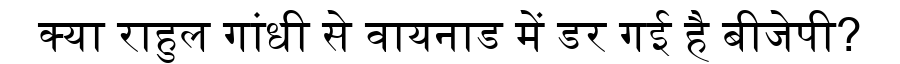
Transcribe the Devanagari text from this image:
क्या राहुल गांधी से वायनाड में डर गई है बीजेपी?